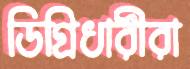
ডিগ্রিধারীরা